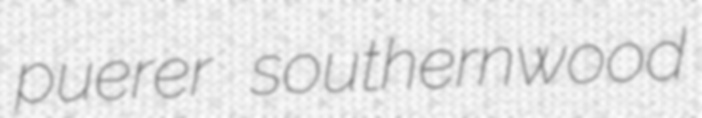
puerer southernwood